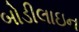
બોડીલાઇન